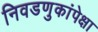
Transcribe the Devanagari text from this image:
निवडणुकांपेक्षा